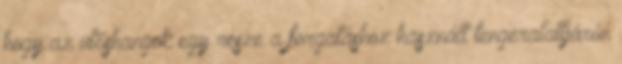
hogy az ütőshangok egy része a forgatáshoz használt tengeralattjárón